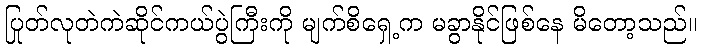
ပြုတ်လုတဲကဲဆိုင်ကယ်ပွဲကြီးကို မျက်စိရှေ့က မခွာနိုင်ဖြစ်နေ မိတော့သည်။